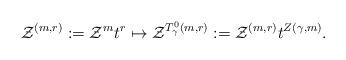
LaTeX: \begin{align*} \mathcal{Z}^{(m,r)} :=\mathcal{Z} ^{m}t^{r}\mapsto \mathcal{Z}^{T^{0}_{\gamma} (m,r)}:=\mathcal{Z}^{(m,r)}t^{ Z(\gamma,m)}. \end{align*}